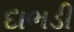
દાભડી